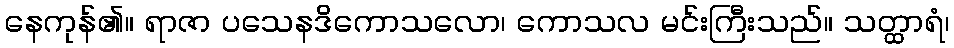
နေကုန်၏။ ရာဇာ ပသေနဒိကောသလော၊ ကောသလ မင်းကြီးသည်။ သတ္ထာရံ၊